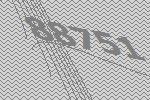
88751